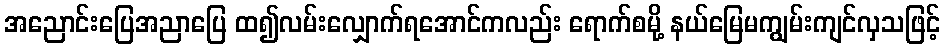
အညောင်းပြေအညာပြေ ထ၍လမ်းလျှောက်ရအောင်ကလည်း ရောက်စမို့ နယ်မြေမကျွမ်းကျင်လှသဖြင့်